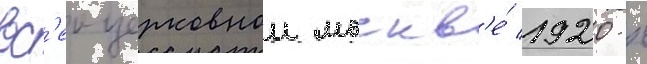
вс'еи церковнои москв'е́ 1920-х